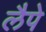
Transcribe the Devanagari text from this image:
लैपे